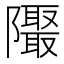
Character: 𱁁